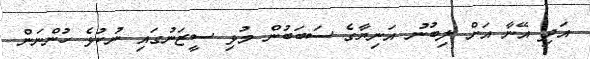
އަދި އޭނާ އަށް ލިބުނު އަނިޔާގެ ސަބަބުން މުޅި ސީޒަނުގައި ނުކުޅެ ހުންނަން